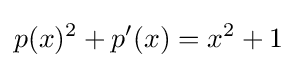
p(x)^{2}+p'(x)=x^{2}+1